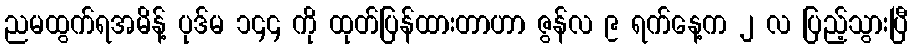
ညမထွက်ရအမိန့် ပုဒ်မ ၁၄၄ ကို ထုတ်ပြန်ထားတာဟာ ဇွန်လ ၉ ရက်နေ့က ၂ လ ပြည့်သွားပြီ